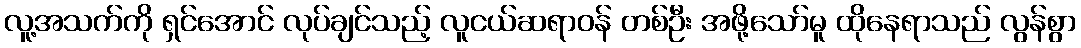
လူ့အသက်ကို ရှင်အောင် လုပ်ချင်သည့် လူငယ်ဆရာဝန် တစ်ဦး အဖို့သော်မူ ထိုနေရာသည် လွန်စွာ